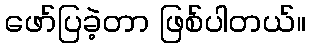
ဖော်ပြခဲ့တာ ဖြစ်ပါတယ်။